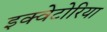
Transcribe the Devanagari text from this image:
इक्वेटोरिया